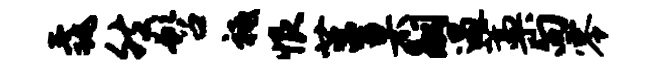
毳然髫祗恨莒臬嗣遇藁向零